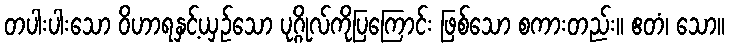
တပါးပါးသော ဝိဟာရနှင့်ယှဉ်သော ပုဂ္ဂိုလ်ကိုပြကြောင်း ဖြစ်သော စကားတည်း။ ဧတံ၊ သော။